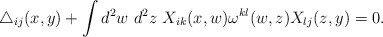
\begin{align*}\triangle_{ij}(x,y) + \int d^2 w~ d^2 z~ X_{ik}(x,w) \omega^{kl}(w,z) X_{lj}(z,y) = 0.\end{align*}